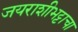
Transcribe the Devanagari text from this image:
जयराशीभट्टाचा